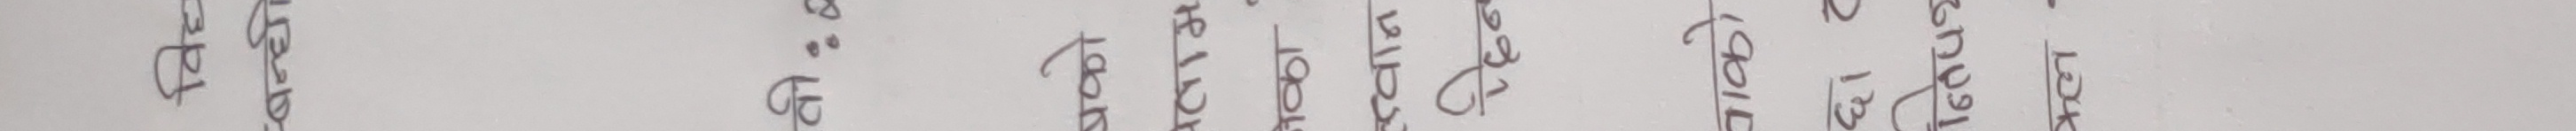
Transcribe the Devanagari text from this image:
बढ्यो पछिको ठूलो खर्च न्यून भएको देखिएको